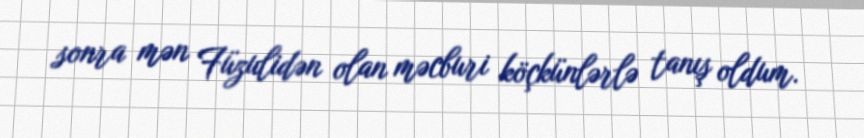
sonra mən Füzulidən olan məcburi köçkünlərlə tanış oldum.